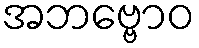
အဘဗ္ဗောဝ